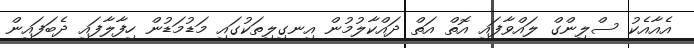
އެއާއެކު ސްލިންގް ލައްވާފައި އޮތް އަތް ދައްކާލުމުން އިނގިލިތަކުގައި މަޑުމަޑުން ހިފާލާފައި ދެބަފައިން